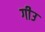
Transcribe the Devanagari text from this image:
गीउ